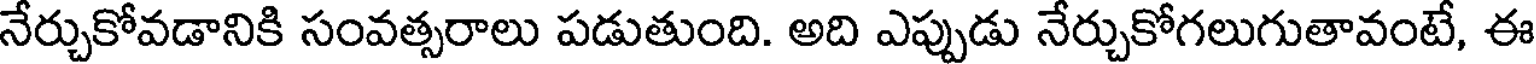
నేర్చుకోవడానికి సంవత్సరాలు పడుతుంది. అది ఎప్పుడు నేర్చుకోగలుగుతావంటే, ఈ